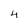
Character: 4